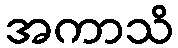
အကာသိ